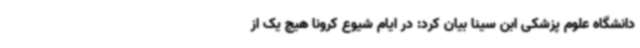
دانشگاه علوم پزشکی ابن سینا بیان کرد: در ایام شیوع کرونا هیچ یک از